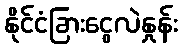
နိုင်ငံခြားငွေလဲနှုန်း